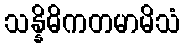
သန္နိဓိကတမာမိသံ